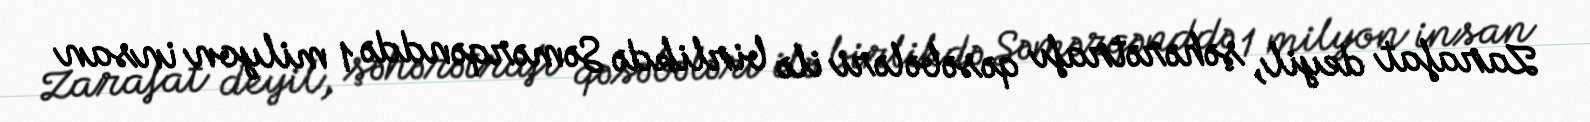
Zarafat deyil, şəhərətrafı qəsəbələri ilə birlikdə Səmərqənddə 1 milyon insan